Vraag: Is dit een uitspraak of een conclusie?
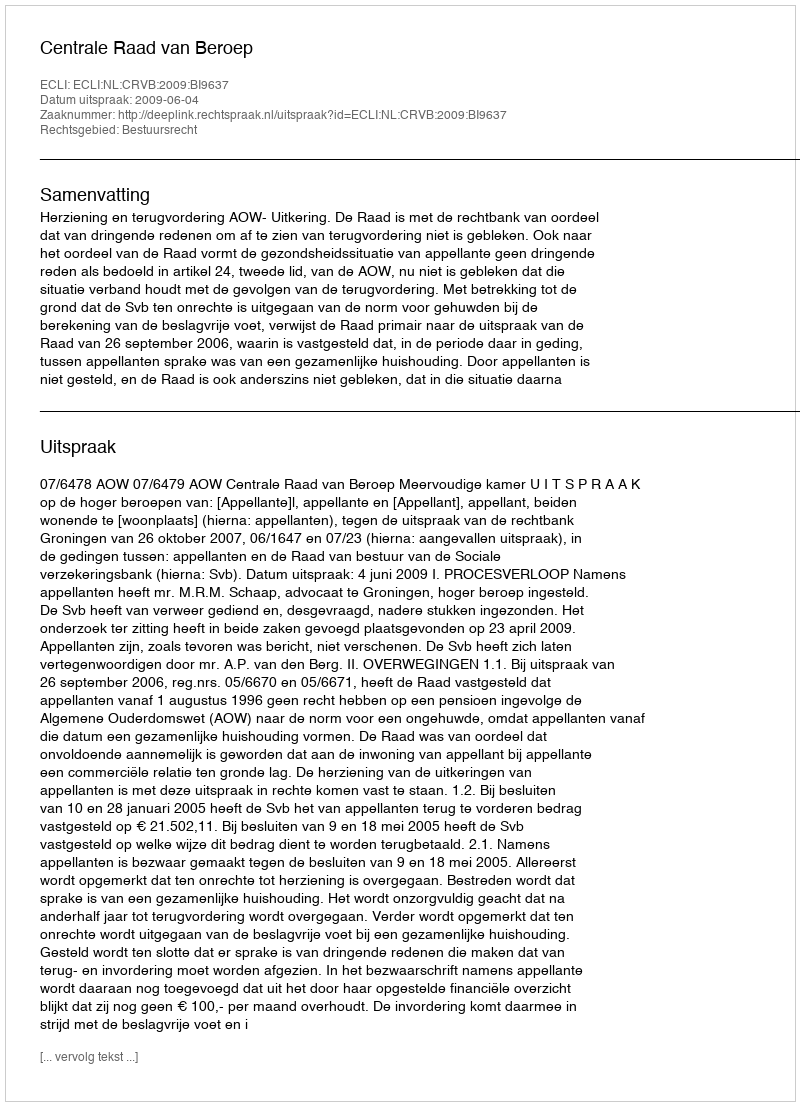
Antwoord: Uitspraak